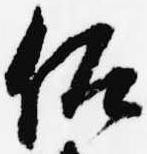
仰